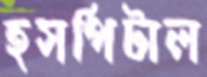
হসপিটাল